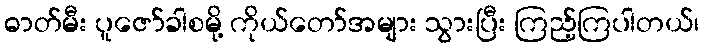
ဓာတ်မီး ပူဇော်ခါစမို့ ကိုယ်တော်အများ သွားပြီး ကြည့်ကြပါတယ်၊